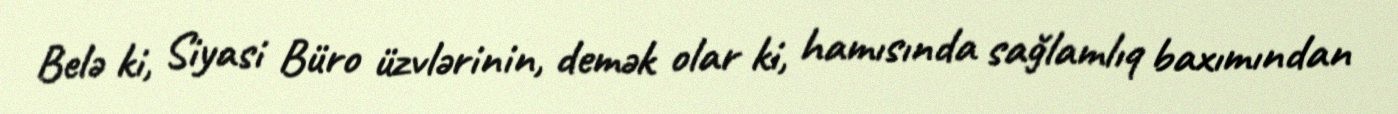
Belə ki, Siyasi Büro üzvlərinin, demək olar ki, hamısında sağlamlıq baxımından